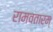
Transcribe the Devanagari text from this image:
रामवतारम्‌